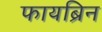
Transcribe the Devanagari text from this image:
फायब्रिन